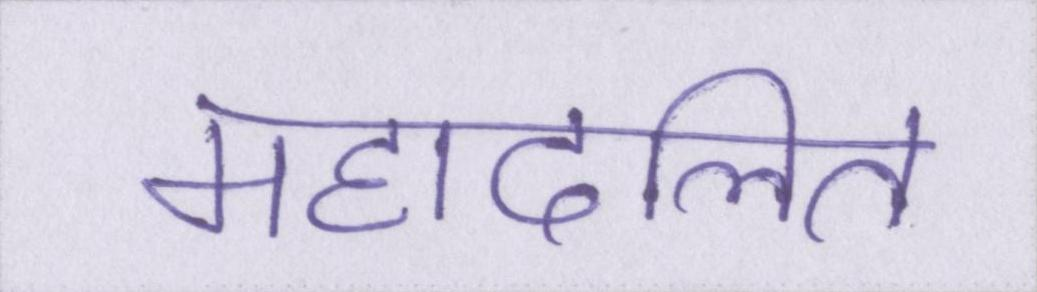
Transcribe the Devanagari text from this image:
महादलित